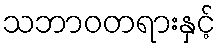
သဘာဝတရားနှင့်